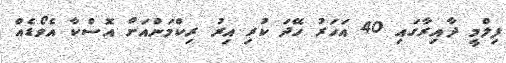
ފިލްމީ ދާއިރާގައި 40 އަހަރު ހޭދަ ކުރި އިރު ރިކްމަންއަށް އޮސްކާ އެވޯޑެއް